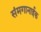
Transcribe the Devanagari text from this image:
संमगानाईक